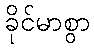
ခိုင်မာစွာ